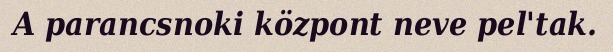
A parancsnoki központ neve pel'tak.